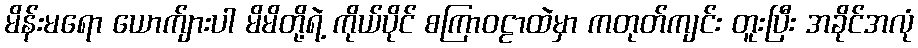
မိန်းမရော ယောက်ျားပါ မိမိတို့ရဲ့ ကိုယ်ပိုင် စကြာဝဠာထဲမှာ ကတုတ်ကျင်း တူးပြီး အခိုင်အလုံ